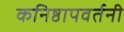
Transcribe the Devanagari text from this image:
कनिष्ठापवर्तनी